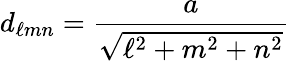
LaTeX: d_{\ell mn}={\frac{a}{\sqrt{\ell^{2}+m^{2}+n^{2}}}}